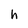
Character: h